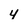
Character: 4